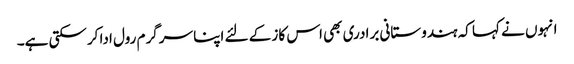
انہوں نے کہا کہ ہندوستانی برادری بھی اس کاز کے لئے اپنا سرگرم رول ادا کرسکتی ہے۔